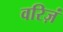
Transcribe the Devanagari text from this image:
वरिज़ं